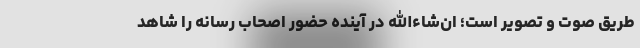
طریق صوت و تصویر است؛ ان‌شاءالله در آینده حضور اصحاب رسانه را شاهد